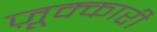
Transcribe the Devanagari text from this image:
ज़ूक्कारी